Report of the veterinary officer investigating camel disease
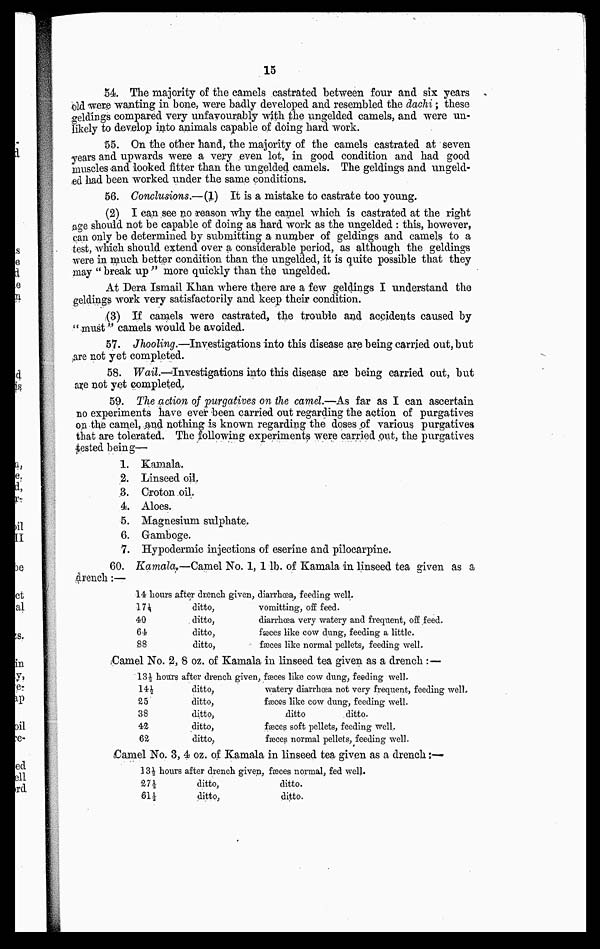
15
54 The majority of the camels castrated between four and six years
old were wanting in bone, were badly developed and resembled the dachi; these
weldings compared very unfavourably with the ungelded camels, and were un¬
Ekely to develop into animals capable of doing hard work.
55. On the other hand, the majority of the camels castrated at seven
years and upwards were a very even lot, in good condition and had good
muscles and looked fitter than the ungelded camels. The geldings and ungeld-
ed had been worked under the same conditions.
56. Conclusions.—(1) It is a mistake to castrate too young.
(2) I can see no reason why the camel which is castrated at the right
age should not be capable of doing as hard work as the ungelded : this, however,
can only be determined by submitting a number of geldings and camels to a
test, which should extend over a considerable period, as although the geldings
were in much better condition than the ungelded, it is quite possible that they
may " break up " more quickly than the ungelded.
At Dera Ismail Khan where there are a few geldings I understand the
geldings work very satisfactorily and keep their condition.
(3) If camels were castrated, the trouble and accidents caused by
" must" camels would be avoided.
57. Jhooling.—Investigations into this disease are being carried out, but
are not yet completed.
58. Wail.—Investigations into this disease are being carried out, but
are not yet completed,
59. The action of purgatives on the camel.—As far as I can ascertain
no experiments have ever been carried out regarding the action of purgatives
on the camel, and nothing is known regarding the doses of various purgatives
that are tolerated. The following experiments were carried out, the purgatives
tested being—
1. Kamala.
2. Linseed oil.
3. Croton oil.
4. Aloes.
5. Magnesium sulphate.
6. Gamboge.
7. Hypodermic injections of eserine and pilocarpine.
60. Kamala.—Camel No. 1, 1 lb. of Kamala in linseed tea given as a
drench:—
14 hours
17½
40
64
88
after drench given,
ditto,
ditto,
ditto,
ditto,
diarrhoea, feeding well.
vomitting, off feed.
diarrhoea very watery and frequent, off feed.
fæces like cow dung, feeding a little.
fasces like normal pellets, feeding well.
Camel No. 2, 8 oz. of Kamala in linseed tea given as a drench :—
13½ hours
14½
25
38
42
62
after drench given,
ditto,
ditto,
ditto,
ditto,
ditto,
fæces like cow dung, feeding well.
watery diarrhœa not very frequent, feeding well.
fæces like cow dung, feeding well.
ditto
ditto.
fæces soft pellets, feeding well.
fæces normal pellets, feeding well.
Camel No. 3, 4 oz. of Kamala in linseed tea given as a drench:—
13½ hours
27½
61½
after drench given,
ditto,
ditto,
fæces normal, fed well.
ditto.
ditto.